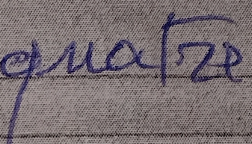
quatre